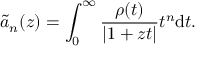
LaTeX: \tilde { a } _ { n } ( z ) = \int _ { 0 } ^ { \infty } \frac { \rho ( t ) } { | 1 + z t | } t ^ { n } \mathrm { d } t .